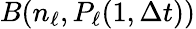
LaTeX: B(n_{\ell},P_{\ell}(1,\Delta t))